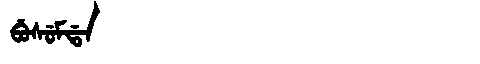
Manchu: ᠪᡠᠰᡠᠮᡩᠠ
Romanization: BUSUMDA